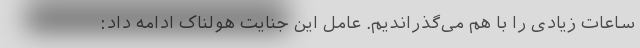
ساعات زیادی را با هم می‌گذراندیم. عامل این جنایت هولناک ادامه داد: